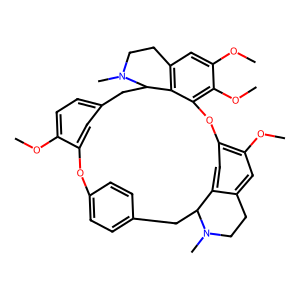
SMILES: COc1ccc2cc1Oc1ccc(cc1)CC1c3cc(c(OC)cc3CCN1C)Oc1c(OC)c(OC)cc3c1C(C2)N(C)CC3
Inhibits HIV replication: No